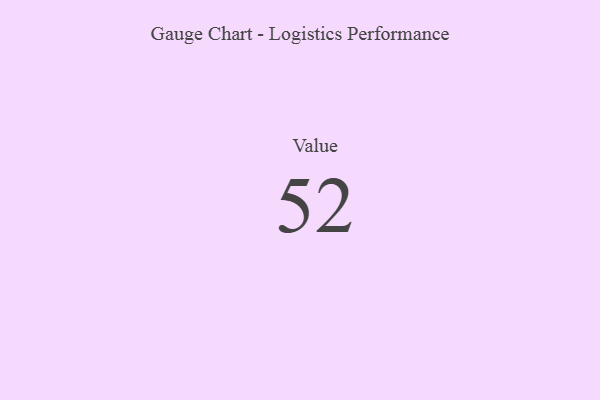
{"axis": {"x": "Metric", "y": "Value"}, "legend": [""], "data": [{"x": "Value", "y": 52, "type": ""}]}